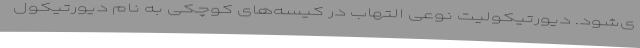
ی‌شود. دیورتیکولیت نوعی التهاب در کیسه‌های کوچکی به نام دیورتیکول